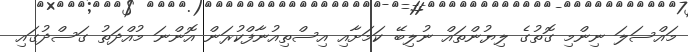
މައްސަލަ ނިންމި ގޮތުގެ ލިޔުންތައް ނުލިބޭ ކަމަށާއި އިސްތިއުނާފްކުރަން އޮންނަ މުއްދަތު ގަސްދުގައި